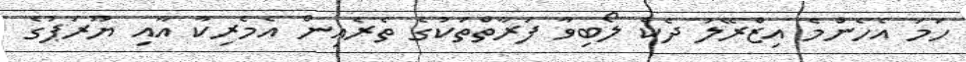
ހަމަ އެހެންމެ އިޒްރޭލު ދެކެ ލޯބިވާ ފަރާތްތަކުގެ ތެރެއިން އެމެރިކާ އާއި ޔޫރަޕުގެ